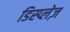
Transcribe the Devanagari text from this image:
डिस्प्लेज़